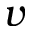
v